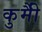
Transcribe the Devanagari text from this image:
कुर्मीै